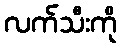
လက်သီးကို